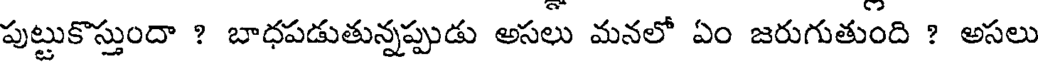
పుట్టుకొస్తుందా ? బాధపడుతున్నప్పుడు అసలు మనలో ఏం జరుగుతుంది ? అసలు